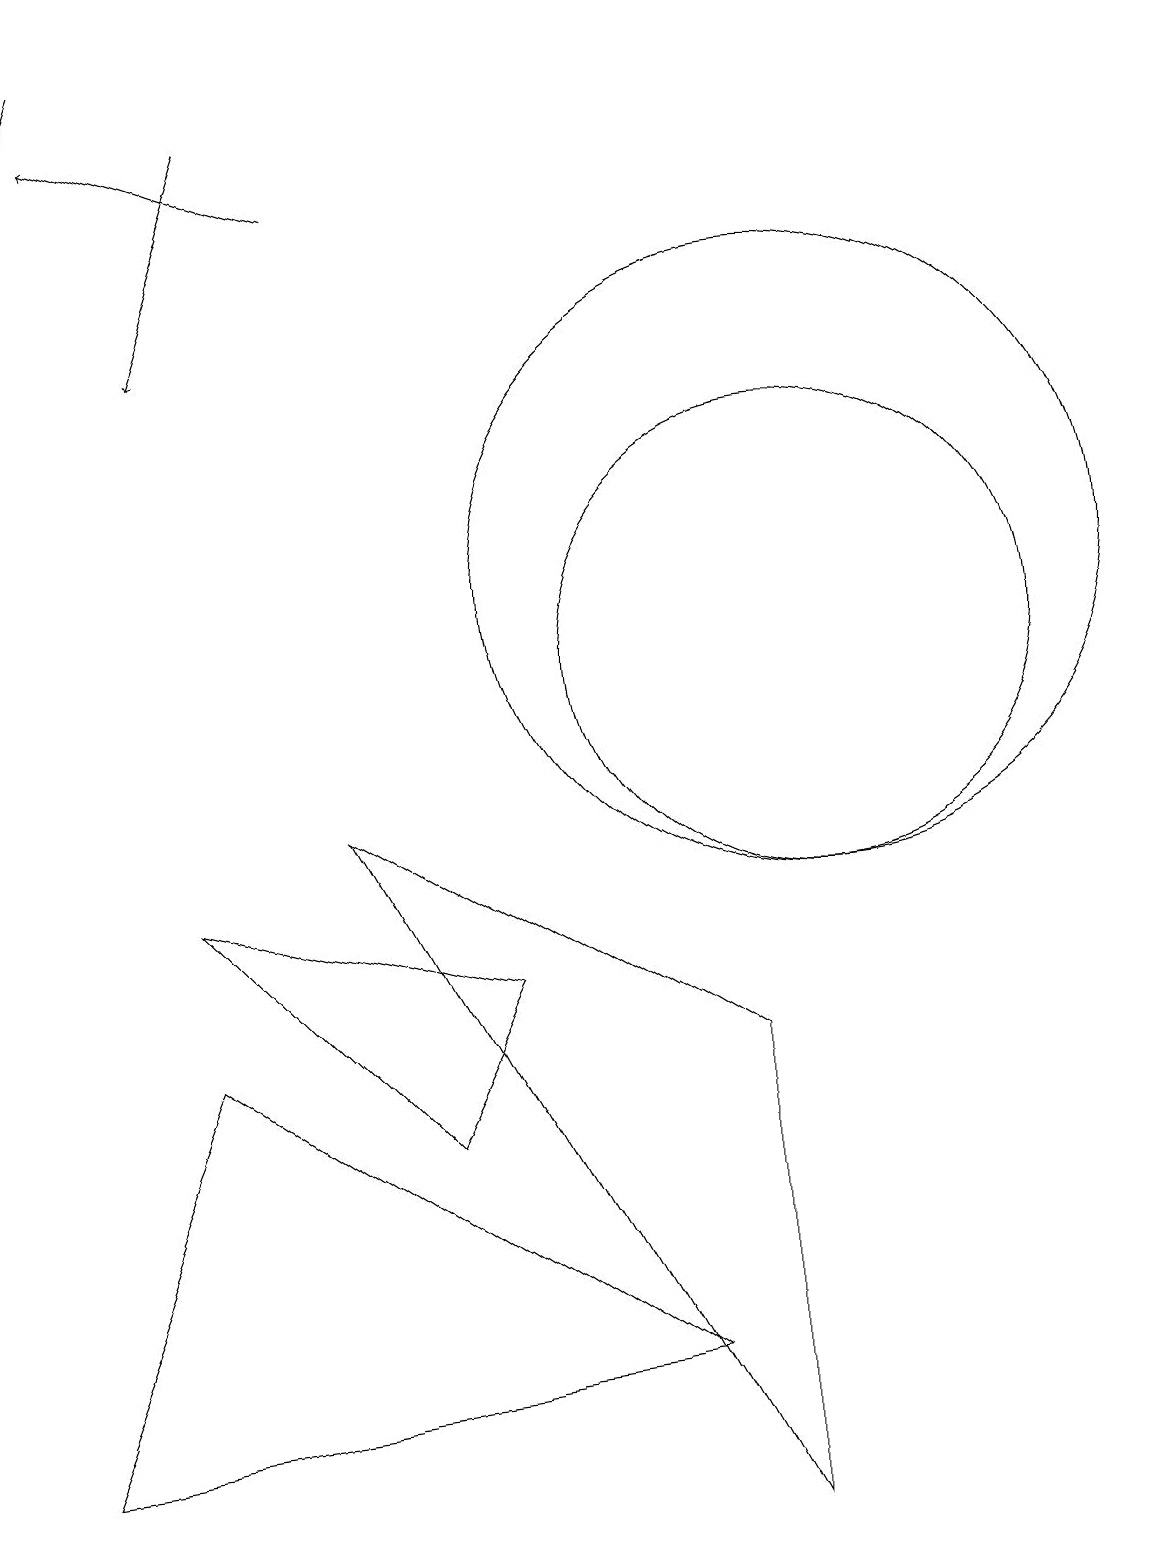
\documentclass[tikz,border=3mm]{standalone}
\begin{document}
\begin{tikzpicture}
\draw (5,5) -- (6,7) -- (2,8) -- cycle;
\draw (10,11) circle (3);
\draw[->] (4,17) -- (1,18);
\draw (10,12) circle (4);
\draw[->] (3,18) -- (2,15);
\draw[->] (1,19) -- (0,16);
\draw (2,6) -- (0,1) -- (8,2) -- cycle;
\draw (4,9) -- (9,6) -- (9,0) -- cycle;
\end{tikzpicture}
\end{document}